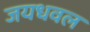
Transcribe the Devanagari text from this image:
जयधवल